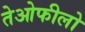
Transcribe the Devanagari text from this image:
तेओफीलो